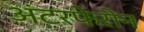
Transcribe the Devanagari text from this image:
अंटरफेरोन